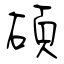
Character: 碩